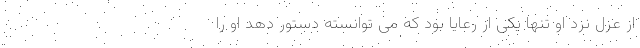
از عزل نزد او تنها یکی از رعایا بود که می توانسته دستور دهد او را